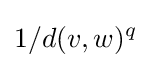
1/d(v,w)^{q}